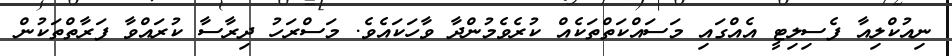
ނިއުކްލިއާ ފެސިލިޓީ އެއްގައި މަސައްކަތްތަކެއް ކުރެވެމުންދާ ވާހަކައެވެ. މަސްރަހު ދިރާސާ ކުރައްވާ ފަރާތްތަކުން